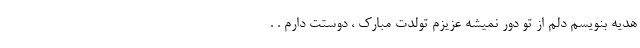
هدیه بنویسم دلم از تو دور نمیشه عزیزم تولدت مبارک ، دوستت دارم . .